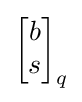
{\begin{bmatrix}b\\s\end{bmatrix}}_{q}